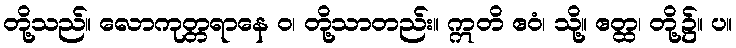
တို့သည်။ လောကုတ္တရာနေ ဝ၊ တို့သာတည်း။ ဣတိ ဧဝံ၊ သို့။ ဧတ္ထ၊ တို့၌။ ပ။